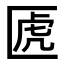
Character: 𠥶